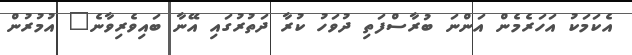
އެކަމަކު އަހަރެމެން އަންނަ ބުރާސްފަތި ދުވަހު ކުރާ ދަތުރުގައި އޭނާ ބައިވެރިވާނެ" އުމުރުން